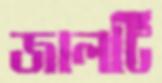
জালটি